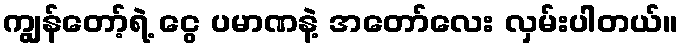
ကျွန်တော့်ရဲ့ ငွေ ပမာဏနဲ့ အတော်လေး လှမ်းပါတယ်။